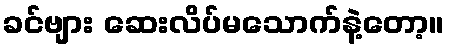
ခင်ဗျား ဆေးလိပ်မသောက်နဲ့တော့။